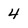
Character: 4